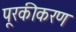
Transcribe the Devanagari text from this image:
पूरकीकरण